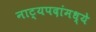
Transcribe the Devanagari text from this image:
नाट्यपदांमध्ये